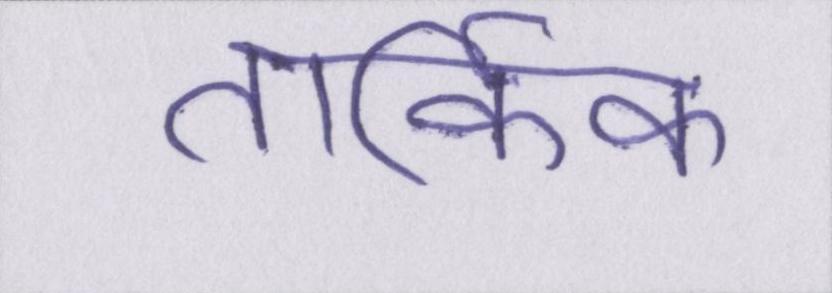
तार्किक